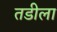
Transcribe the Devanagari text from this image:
तडीला